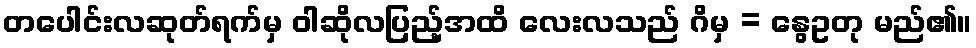
တပေါင်းလဆုတ်ရက်မှ ဝါဆိုလပြည့်အထိ လေးလသည် ဂိမှ = နွေဥတု မည်၏။